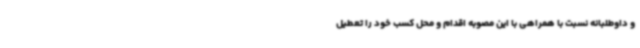
و داوطلبانه نسبت با همراهی با این مصوبه اقدام و محل کسب خود را تعطیل